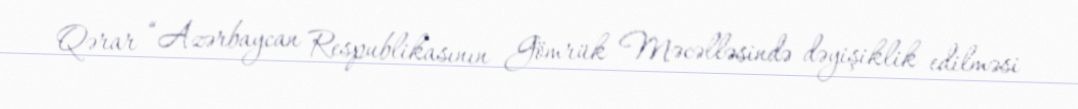
Qərar “Azərbaycan Respublikasının Gömrük Məcəlləsində dəyişiklik edilməsi